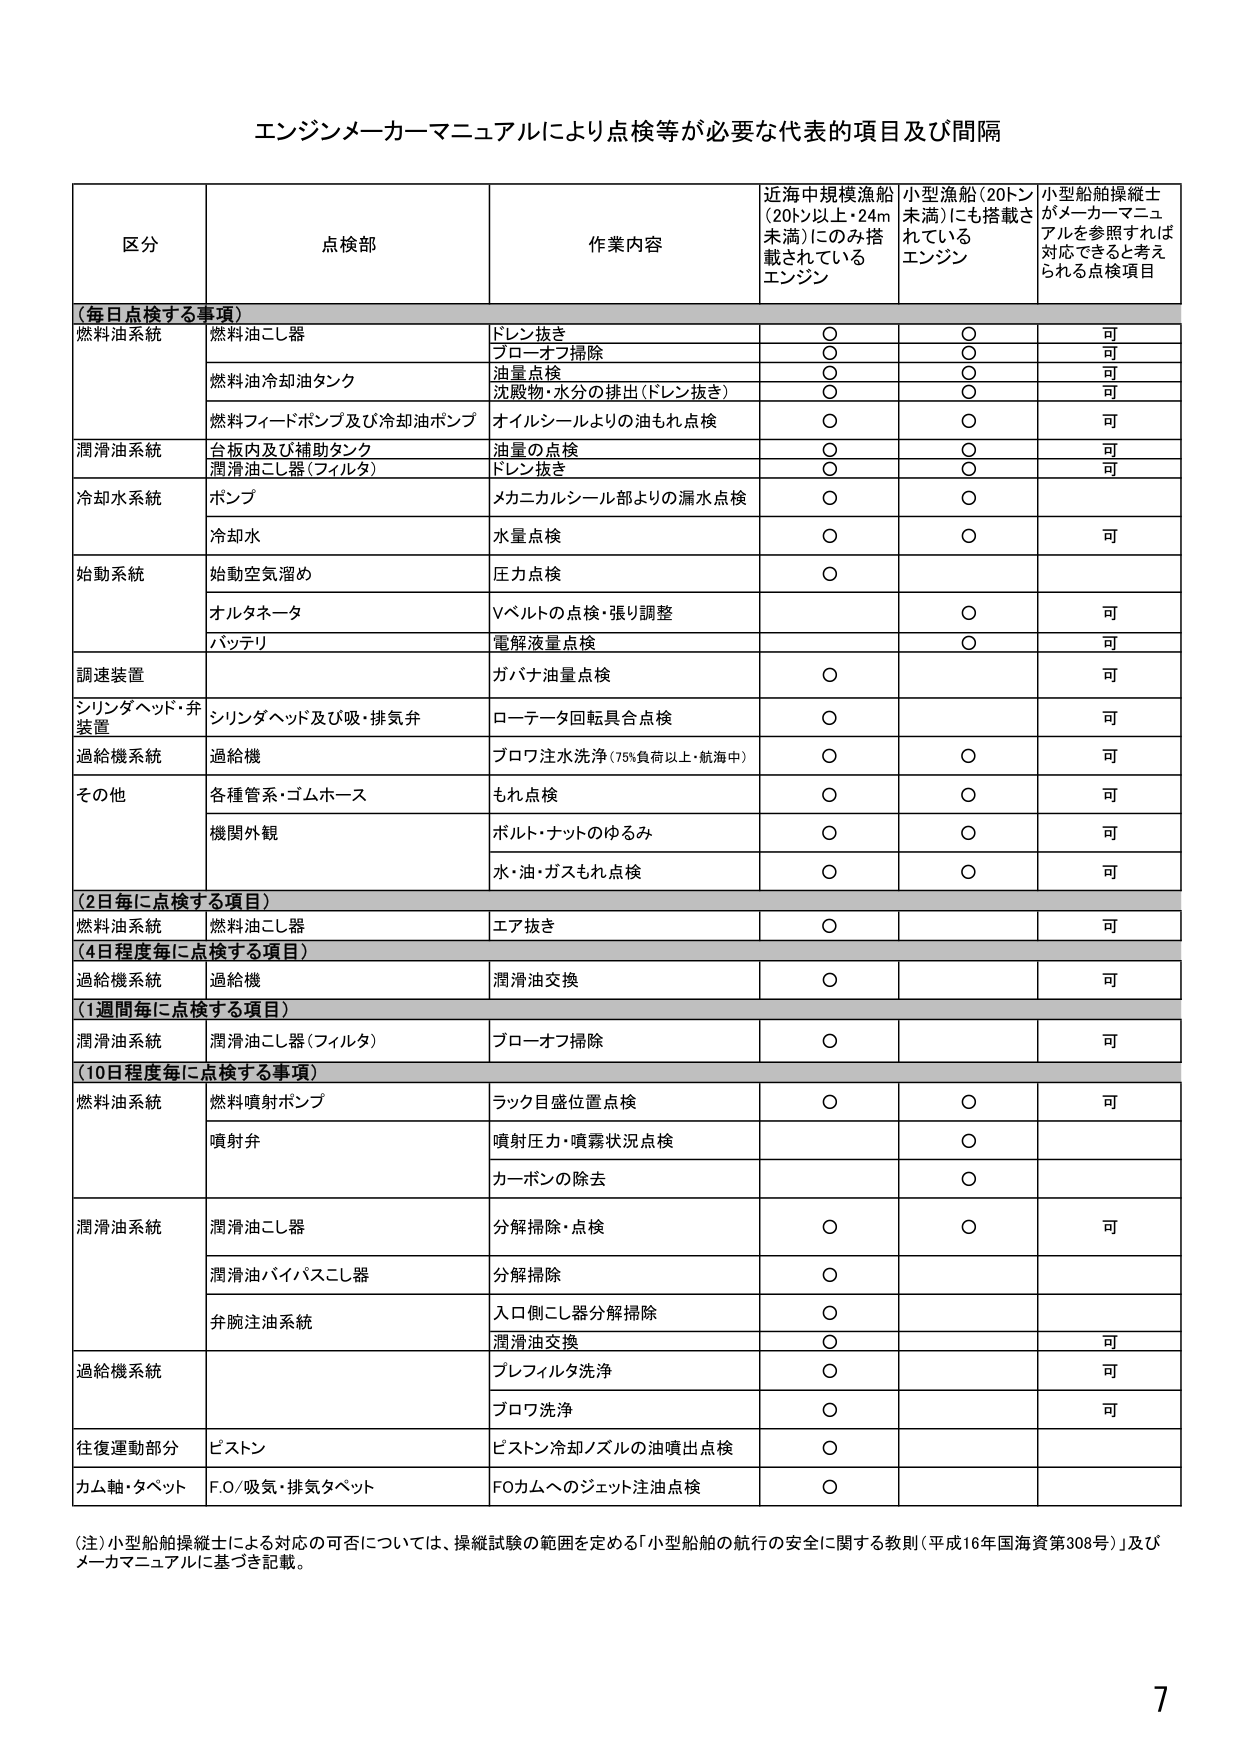
エンジンメーカーマニュアルにより点検等が必要な代表的項目及び間隔

区分 点検部 作業内容 近海中規模漁船 (20トン以上・24m未満)にのみ搭載されているエンジン 小型漁船(20トン未満)にも搭載されているエンジン 小型船舶操縦士がメーカーマニュアルを参照すれば対応できると考えられる点検項目

（毎日点検する事項）
燃料油系統 燃料油こし器 ドレン抜き ○ ○ 可
燃料油冷却油タンク ブローオフ掃除 ○ ○ 可
油量点検 ○ ○ 可
沈殿物・水分の排出(ドレン抜き) ○ ○ 可
燃料フィードポンプ及び冷却油ポンプ オイルシールよりの油もれ点検 ○ ○ 可
潤滑油系統 台板内及び補助タンク 油量の点検 ○ ○ 可
潤滑油こし器(フィルタ) ドレン抜き ○ ○ 可
冷却水系統 ポンプ メカニカルシール部よりの漏水点検 ○ ○
冷却水 水量点検 ○ ○ 可
始動系統 始動空気溜め 圧力点検 ○
オルタネータ Vベルトの点検・張り調整 ○ 可
バッテリ 電解液量点検 ○ 可
調速装置 ガバナ油量点検 ○ 可
シリンダヘッド・弁装置 シリンダヘッド及び吸・排気弁 ローテータ回転具合点検 ○ 可
過給機系統 過給機 ブロワ注水洗浄(75%負荷以上・航海中) ○ ○ 可
その他 各種管系・ゴムホース もれ点検 ○ ○ 可
機関外観 ボルト・ナットのゆるみ ○ ○ 可
水・油・ガスもれ点検 ○ ○ 可

（2日毎に点検する項目）
燃料油系統 燃料油こし器 エア抜き ○ 可

（4日程度毎に点検する項目）
過給機系統 過給機 潤滑油交換 ○ 可

（1週間毎に点検する項目）
潤滑油系統 潤滑油こし器(フィルタ) ブローオフ掃除 ○ 可

（10日程度毎に点検する事項）
燃料油系統 燃料噴射ポンプ ラック目盛位置点検 ○ ○ 可
噴射弁 噴射圧力・噴霧状況点検 ○
カーボンの除去 ○
潤滑油系統 潤滑油こし器 分解掃除・点検 ○ ○ 可
潤滑油バイパスこし器 分解掃除 ○
弁腕注油系統 入口側こし器分解掃除 ○
潤滑油交換 ○ 可
過給機系統 ブレフィルタ洗浄 ○ 可
ブロワ洗浄 ○ 可
往復運動部分 ピストン ピストン冷却ノズルの油噴出点検 ○
カム軸・タペット F.O/吸気・排気タペット FOカムへのジェット注油点検 ○

（注）小型船舶操縦士による対応の可否については、操縦試験の範囲を定める「小型船舶の航行の安全に関する教則（平成16年国海資第308号）」及びメーカマニュアルに基づき記載。

7